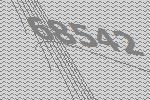
68542